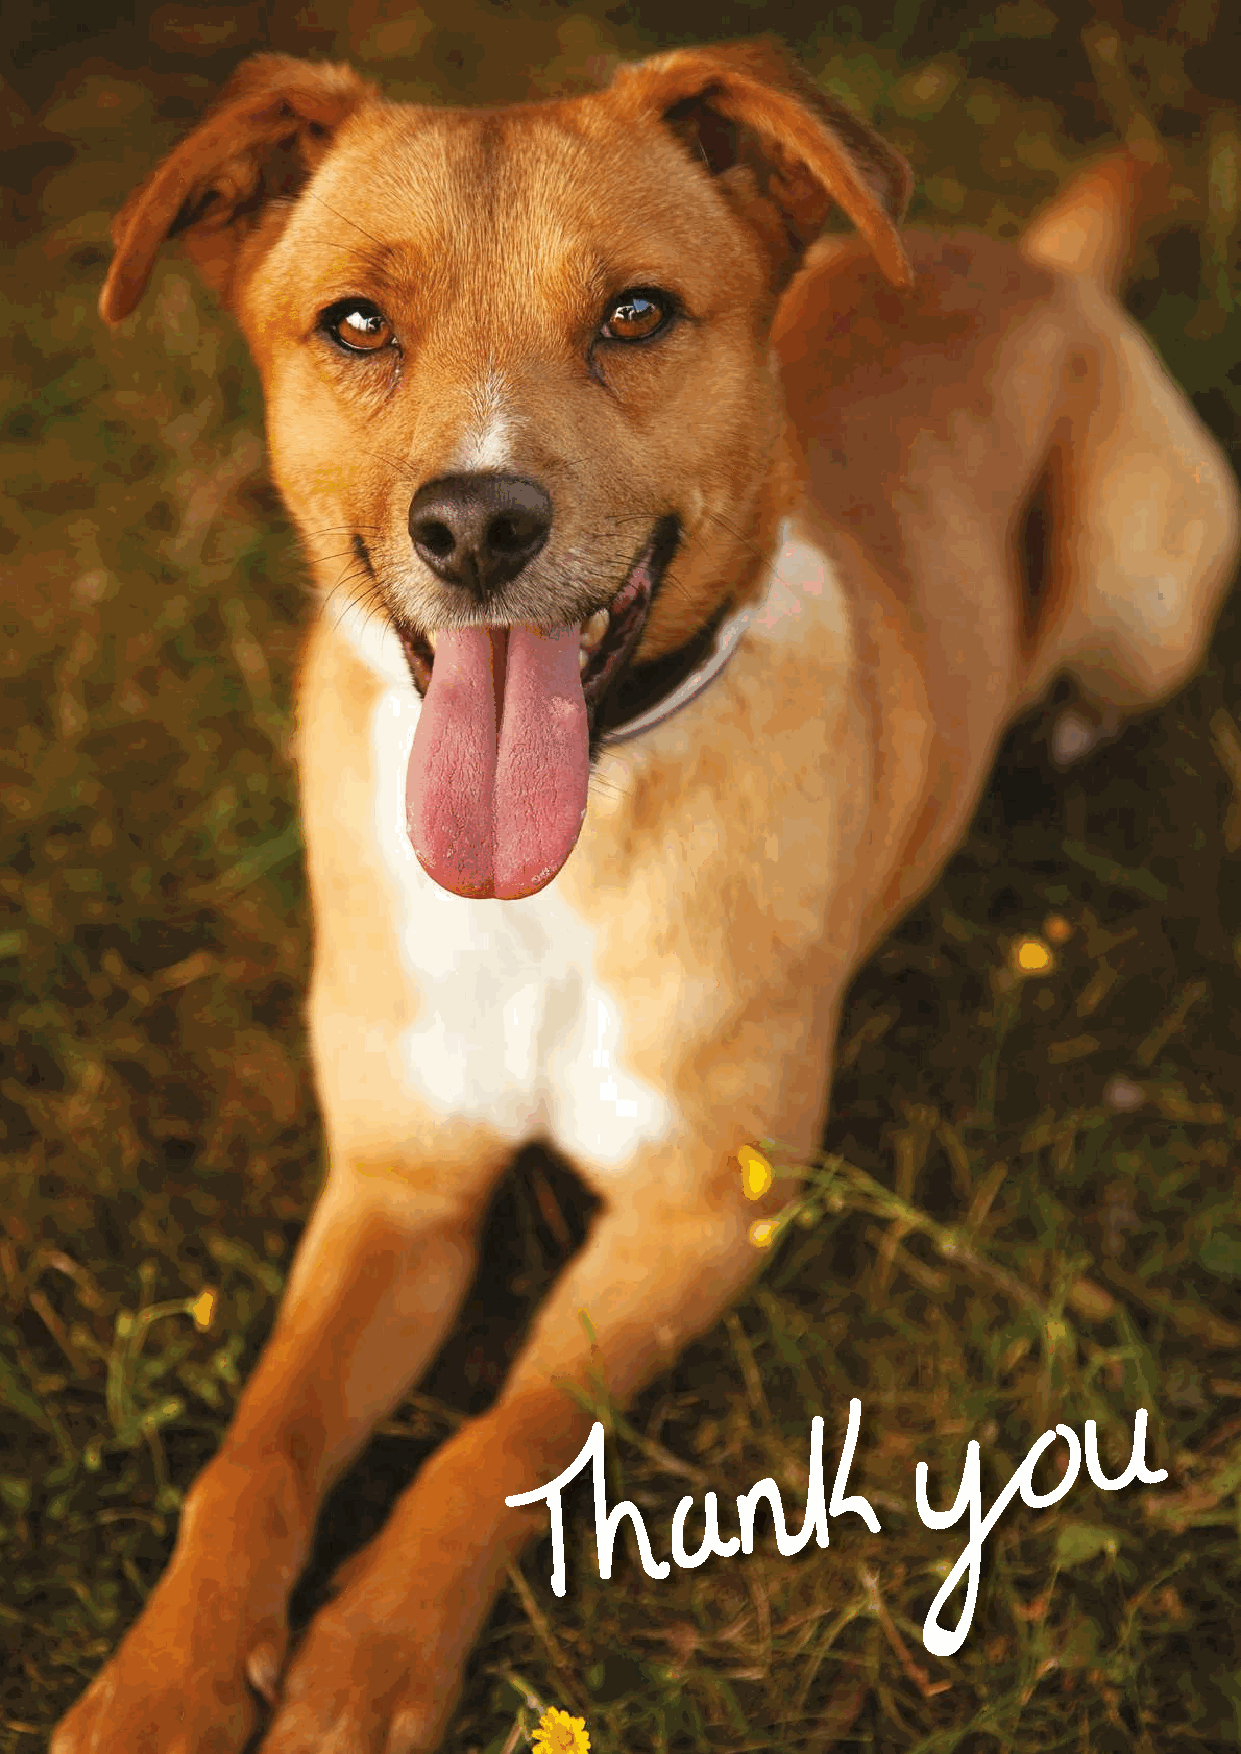
46      BLUE CROSS ANNUAL REPORT 2015